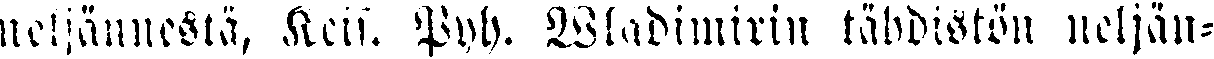
neljännesta, Keis. Pyh. Wladimirin tähdistön neljän-